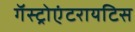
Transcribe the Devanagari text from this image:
गॅस्ट्रोएंटरायटिस